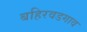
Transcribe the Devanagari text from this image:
बहिरवडगाव